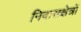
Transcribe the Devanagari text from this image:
निवासक्षेत्रों